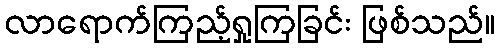
လာရောက်ကြည့်ရှုကြခြင်း ဖြစ်သည်။